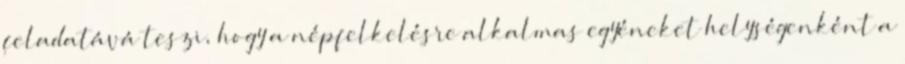
feladatává teszi, hogy a népfelkelésre alkalmas egyéneket helységenként a